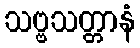
သဗ္ဗသတ္တာနံ